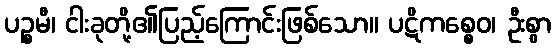
ပဉ္စမီ၊ ငါးခုတို့၏ပြည့်ကြောင်းဖြစ်သော။ ပဋိကစ္စေဝ၊ ဦးစွာ